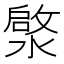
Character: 𮳓